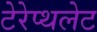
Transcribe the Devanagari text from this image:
टेरेप्थलेट